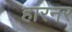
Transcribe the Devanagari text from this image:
हारनर